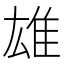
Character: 雄